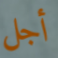
أجل